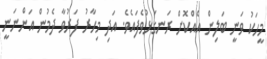
މީހަކު ވަނީ ބަލިން އެއްކޮށް ރަނގަޅުވެފައެވެ. އަދި މިހާރު ފަރުވާ ދެމުން އަންނަނީ